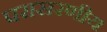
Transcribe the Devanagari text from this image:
परासरणीय